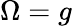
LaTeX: \Omega=g